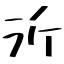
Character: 沂